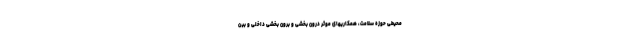
محیطی حوزه سلامت، همکاریهای موثر درون بخشی و برون بخشی داخلی و بین